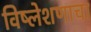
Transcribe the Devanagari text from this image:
विष्लेशणाचा